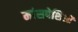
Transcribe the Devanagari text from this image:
मांसपेशिओं